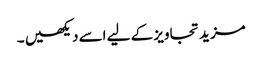
مزید تجاویز کے لیے اسے دیکھیں ۔